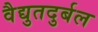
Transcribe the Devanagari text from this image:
वैद्युतदुर्बल